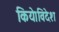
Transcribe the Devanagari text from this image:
किये।विदेश